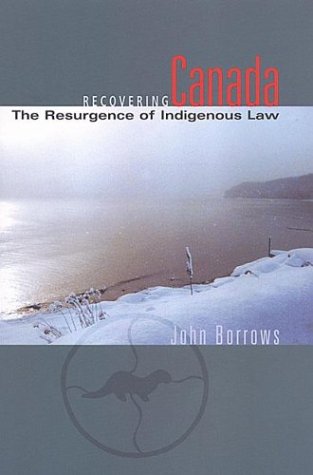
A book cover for Recovering Canada: The Resurgence of Indigenous Law; John Borrows; Law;